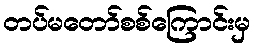
တပ်မတော်စစ်ကြောင်းမှ